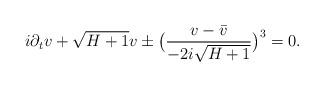
LaTeX: \begin{align*}i\partial_t v +\sqrt{H+1} v \pm \big(\frac{v-\bar{v}}{-2i\sqrt{H+1}}\big)^3=0. \end{align*}